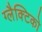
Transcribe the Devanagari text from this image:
ग्‍लैक्टिको